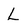
Character: L